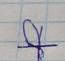
Signature authenticity: forged